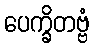
ပေက္ခိတဗ္ဗံ